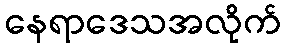
နေရာဒေသအလိုက်